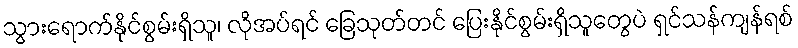
သွားရောက်နိုင်စွမ်းရှိသူ၊ လိုအပ်ရင် ခြေသုတ်တင် ပြေးနိုင်စွမ်းရှိသူတွေပဲ ရှင်သန်ကျန်ရစ်